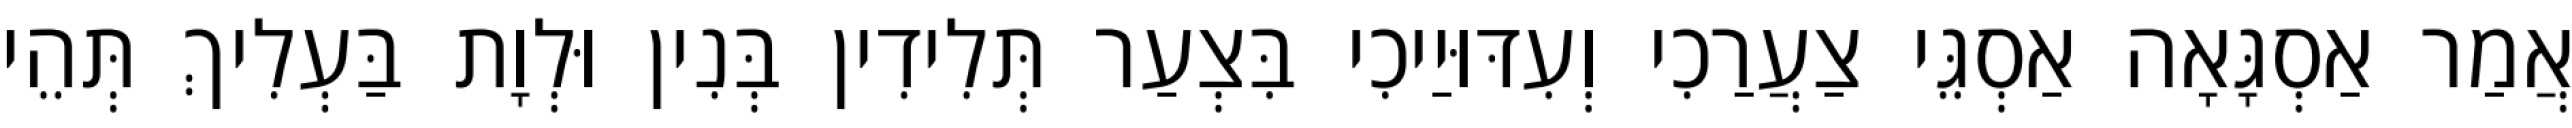
אֲמַר אַסְגָּאָה אַסְגֵּי צַעֲרַכִי וְעִדּוּיַיכִי בִּצְעַר תְּלִידִין בְּנִין וּלְוָת בַּעְלִיךְ תְּהֵי